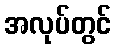
အလုပ်တွင်